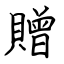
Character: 贈